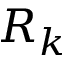
R _ { k }